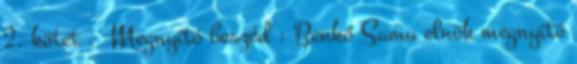
2. kötet . Megnyitó beszéd : Benkő Samu elnök megnyitó